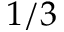
1 / 3